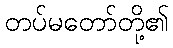
တပ်မတော်တို့၏